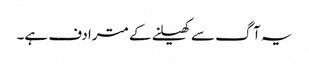
یہ آگ سے کھیلنے کے مترادف ہے۔